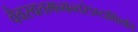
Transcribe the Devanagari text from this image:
वैवस्वतमन्वन्तरेऽष्टाविंशति